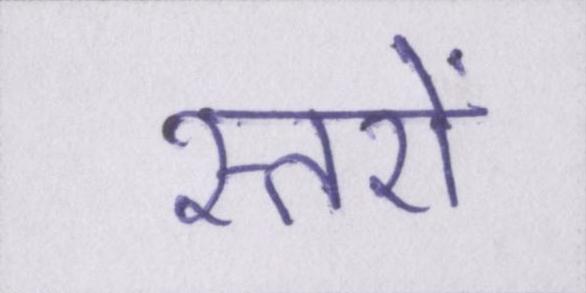
स्तरों